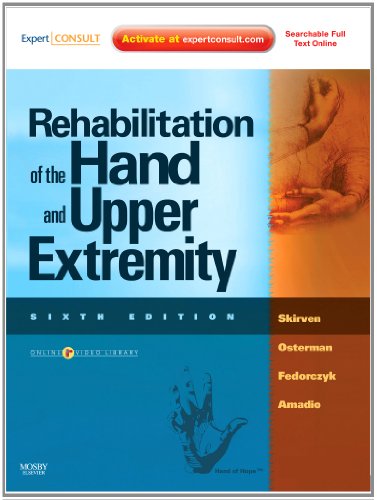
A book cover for (2 Volume Set) Rehabilitation of the Hand and Upper Extremity, 2-Volume Set: Expert Consult: Online and Print, 6e; Terri M. Skirven OTR/L  CHT; Medical Books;